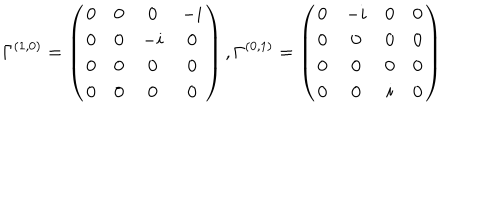
\Gamma ^ { ( 1 , 0 ) } = \left( \begin{array} { c c c c } { { 0 } } & { { 0 } } & { { 0 } } & { { - i } } \\ { { 0 } } & { { 0 } } & { { - i } } & { { 0 } } \\ { { 0 } } & { { 0 } } & { { 0 } } & { { 0 } } \\ { { 0 } } & { { 0 } } & { { 0 } } & { { 0 } } \\ \end{array} \right) , \Gamma ^ { ( 0 , 1 ) } = \left( \begin{array} { c c c c } { { 0 } } & { { - i } } & { { 0 } } & { { 0 } } \\ { { 0 } } & { { 0 } } & { { 0 } } & { { 0 } } \\ { { 0 } } & { { 0 } } & { { 0 } } & { { 0 } } \\ { { 0 } } & { { 0 } } & { { i } } & { { 0 } } \\ \end{array} \right)